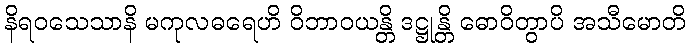
နိရဝသေသာနိ မကုလဓရေဟိ ဝိဘာဝယန္တိ ဒဋ္ဌုန္တိ ဓောဝိတွာပိ အသီမောတိ